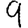
Digit: 9